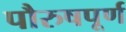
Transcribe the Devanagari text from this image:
पौरुषपूर्ण